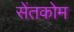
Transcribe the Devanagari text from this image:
सेंतकोम